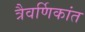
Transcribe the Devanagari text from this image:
त्रैवर्णिकांत